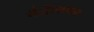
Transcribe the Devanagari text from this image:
नैतिकवाद